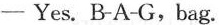
- Yes. B-A-G, bag.